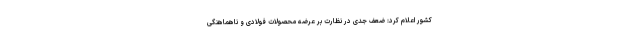
کشور اعلام کرد: ضعف جدی در نظارت بر عرضه محصولات فولادی و ناهماهنگی